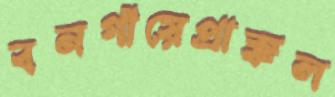
বনগাঁয়েপ্রাক্‌কল